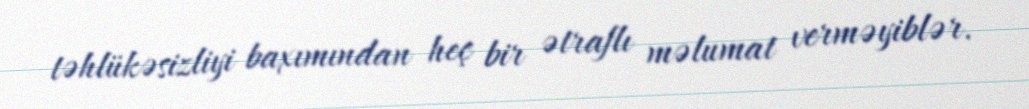
təhlükəsizliyi baxımından heç bir ətraflı məlumat verməyiblər.